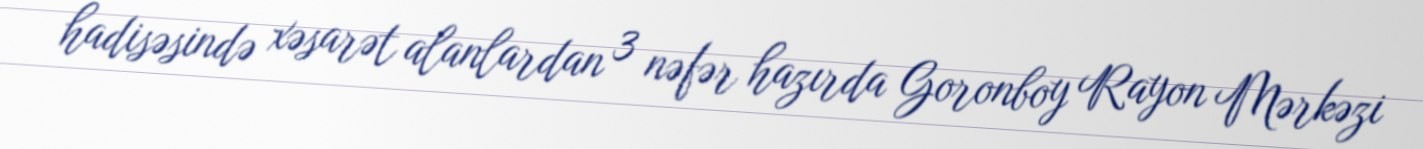
hadisəsində xəsarət alanlardan 3 nəfər hazırda Goronboy Rayon Mərkəzi